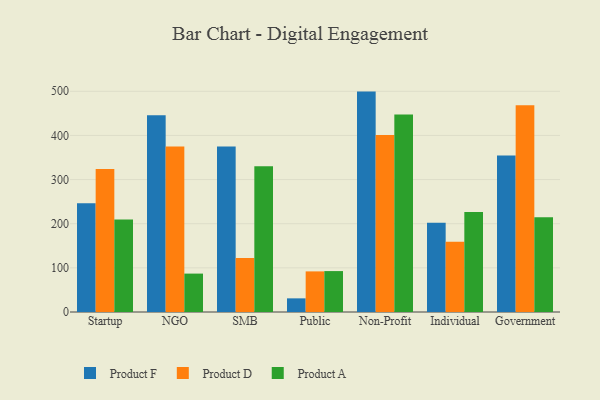
{"axis": {"x": "Segment", "y": "Energy Usage (MWh)"}, "legend": ["Product A", "Product D", "Product F"], "data": [{"x": "Startup", "y": 246.5, "type": "Product F"}, {"x": "Startup", "y": 324.0, "type": "Product D"}, {"x": "Startup", "y": 209.7, "type": "Product A"}, {"x": "NGO", "y": 445.5, "type": "Product F"}, {"x": "NGO", "y": 374.8, "type": "Product D"}, {"x": "NGO", "y": 87.0, "type": "Product A"}, {"x": "SMB", "y": 375.0, "type": "Product F"}, {"x": "SMB", "y": 122.6, "type": "Product D"}, {"x": "SMB", "y": 330.1, "type": "Product A"}, {"x": "Public", "y": 30.9, "type": "Product F"}, {"x": "Public", "y": 92.0, "type": "Product D"}, {"x": "Public", "y": 92.7, "type": "Product A"}, {"x": "Non-Profit", "y": 499.3, "type": "Product F"}, {"x": "Non-Profit", "y": 400.8, "type": "Product D"}, {"x": "Non-Profit", "y": 447.3, "type": "Product A"}, {"x": "Individual", "y": 202.2, "type": "Product F"}, {"x": "Individual", "y": 159.1, "type": "Product D"}, {"x": "Individual", "y": 226.6, "type": "Product A"}, {"x": "Government", "y": 354.6, "type": "Product F"}, {"x": "Government", "y": 468.3, "type": "Product D"}, {"x": "Government", "y": 214.8, "type": "Product A"}]}